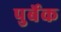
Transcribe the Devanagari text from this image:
पुर्बेक